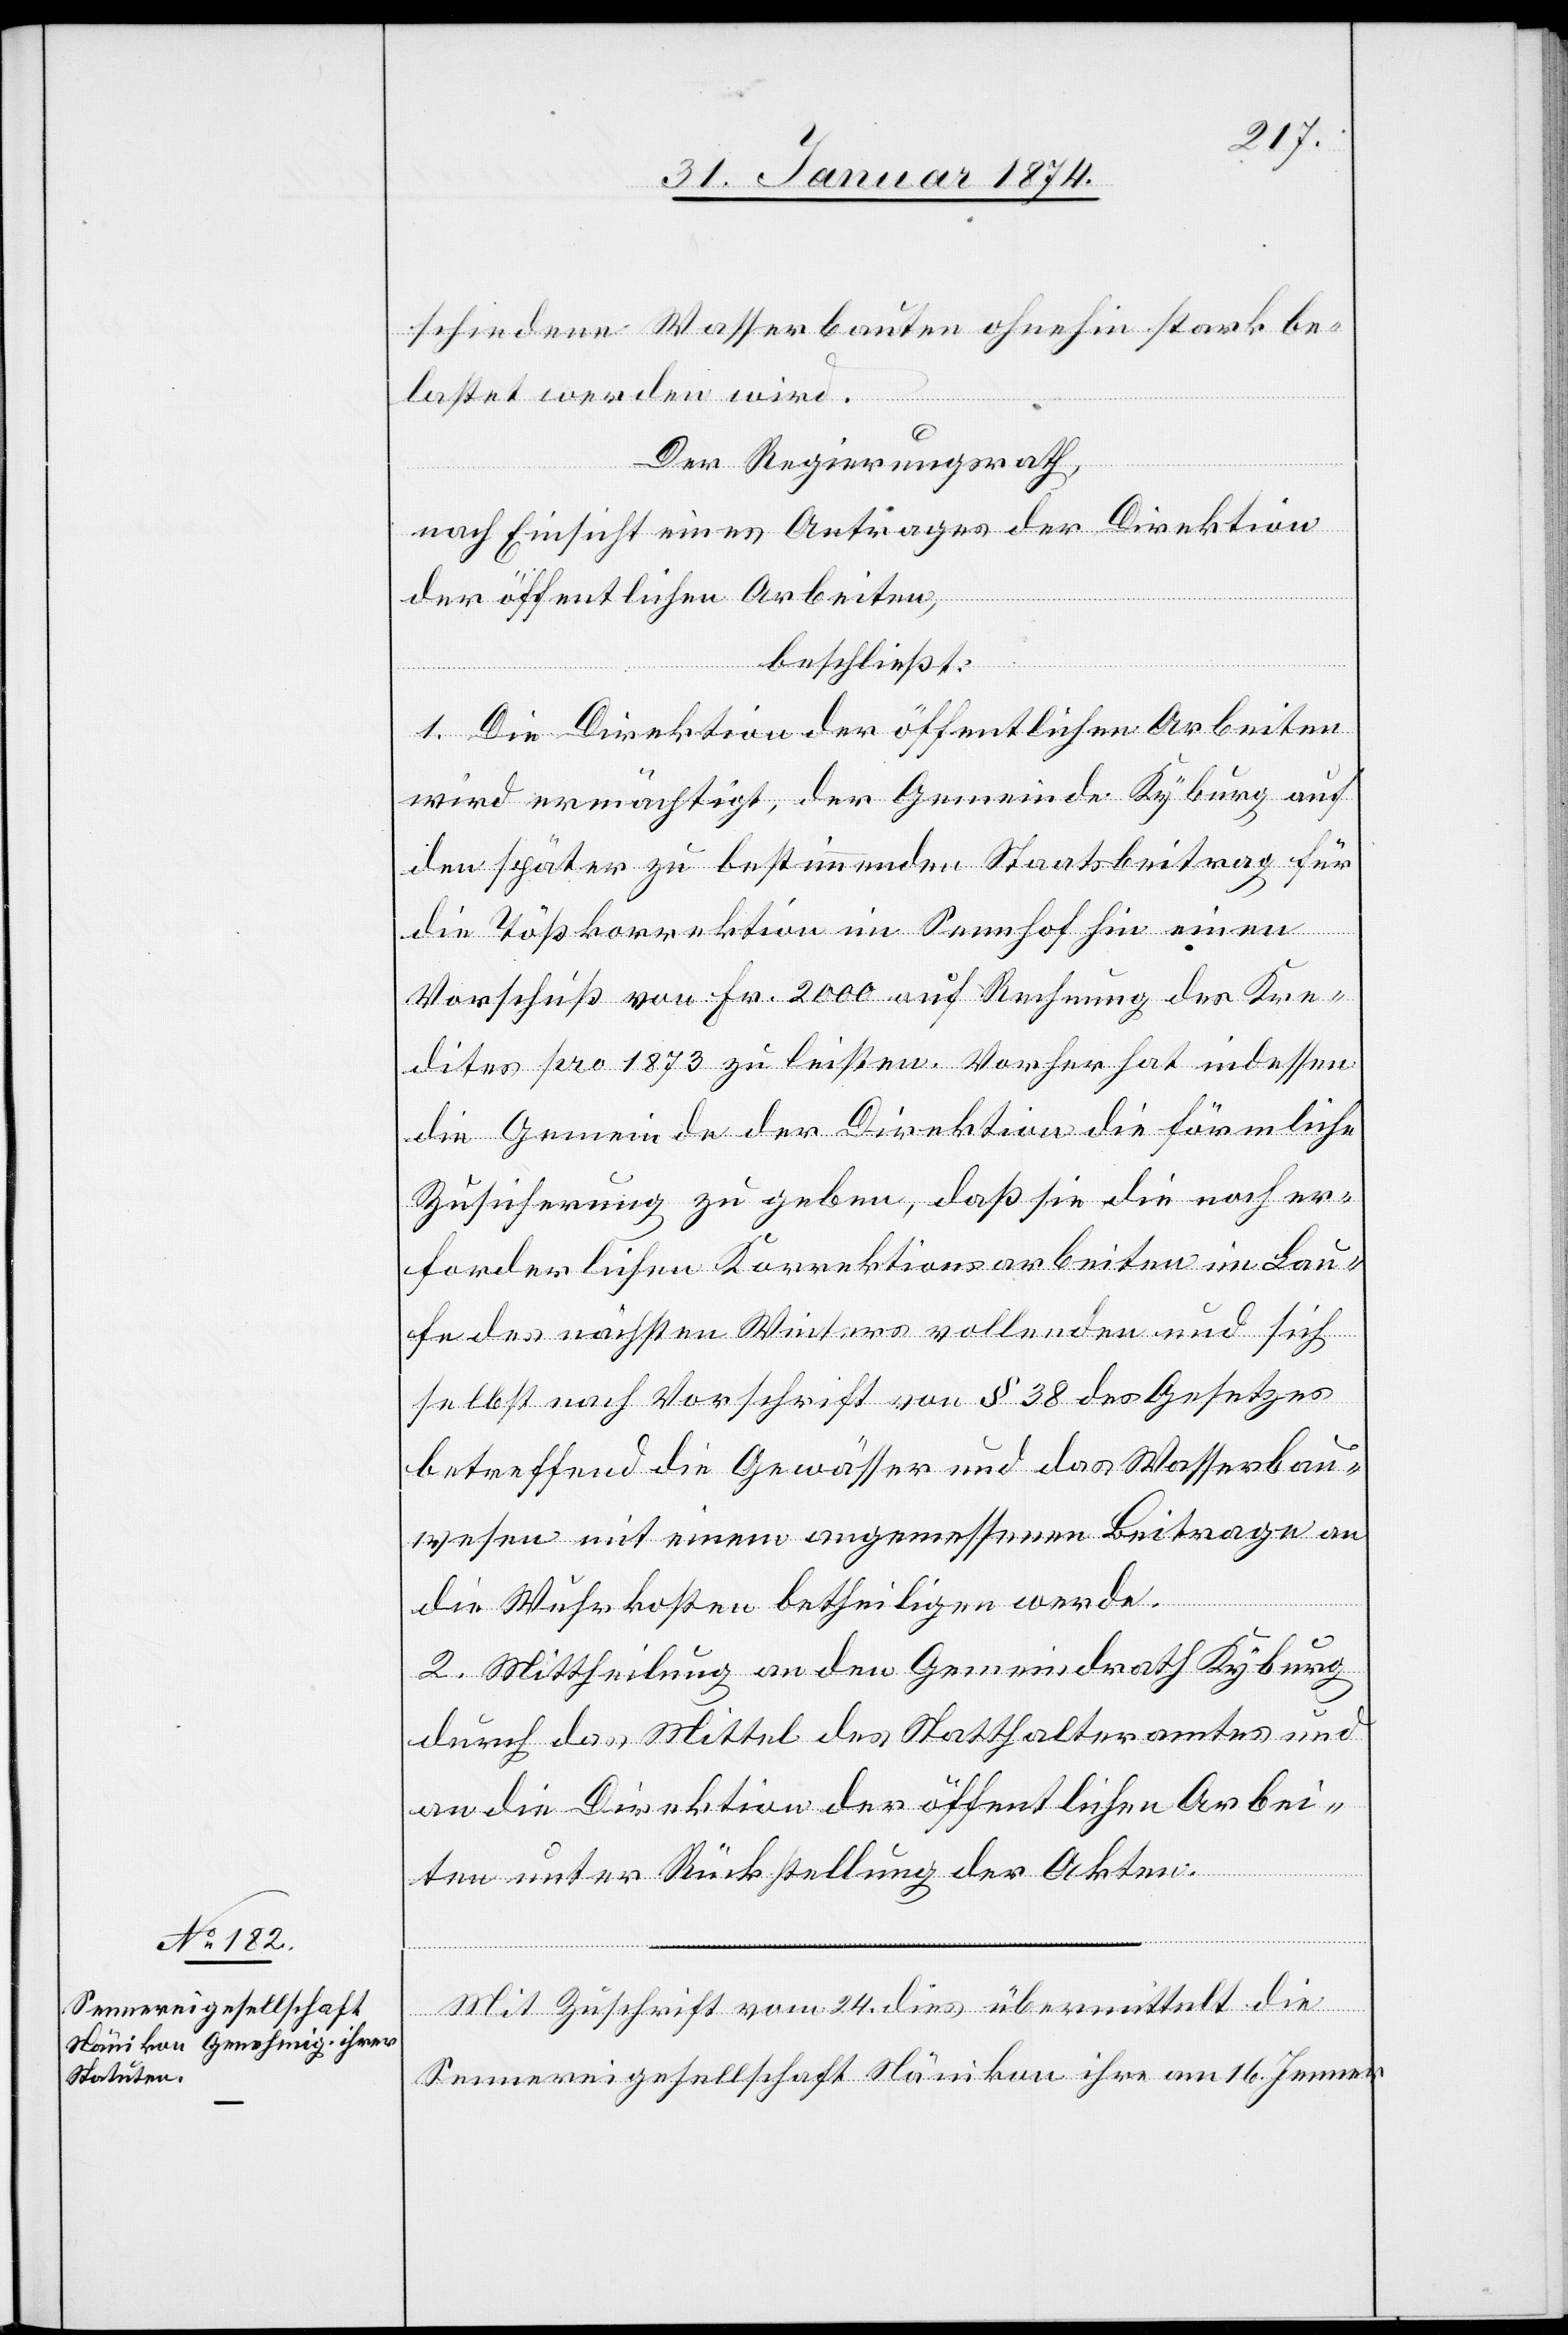
schiedene Wasserbauten ohnehin stark be¬
lastet werden wird.
Der Regierungsrath,
nach Einsicht eines Antrages der Direktion
der öffentlichen Arbeiten,
beschließt:
1. Die Direktion der öffentlichen Arbeiten
wird ermächtigt, der Gemeinde Kyburg auf
den später zu bestimmenden Staatsbeitrag für
die Tößkorrektion im Seehof hin einen
Vorschuß von Fr. 2000 auf Rechnung des Kre¬
dites pro 1873 zu leisten. Vorher hat indessen
die Gemeinde der Direktion die förmliche
Zusicherung zu geben, daß sie die noch er¬
forderlichen Korrektionsarbeiten im Lau¬
fe des nächsten Winters vollenden und sich
selbst nach Vorschrift von § 38 des Gesetzes
betreffend die Gewässer und das Wasserbau¬
wesen mit einem angemessenen Beitrage an
die Wuhrkosten betheiligen werde.
2. Mittheilung an den Gemeindrath Kyburg
durch das Mittel des Statthalteramtes und
an die Direktion der öffentlichen Arbei¬
ten unter Rückstellung der Akten.
Mit Zuschrift vom 24. dies übermittelt die
Sennereigesellschaft Nänikon ihre am 16. Jenner